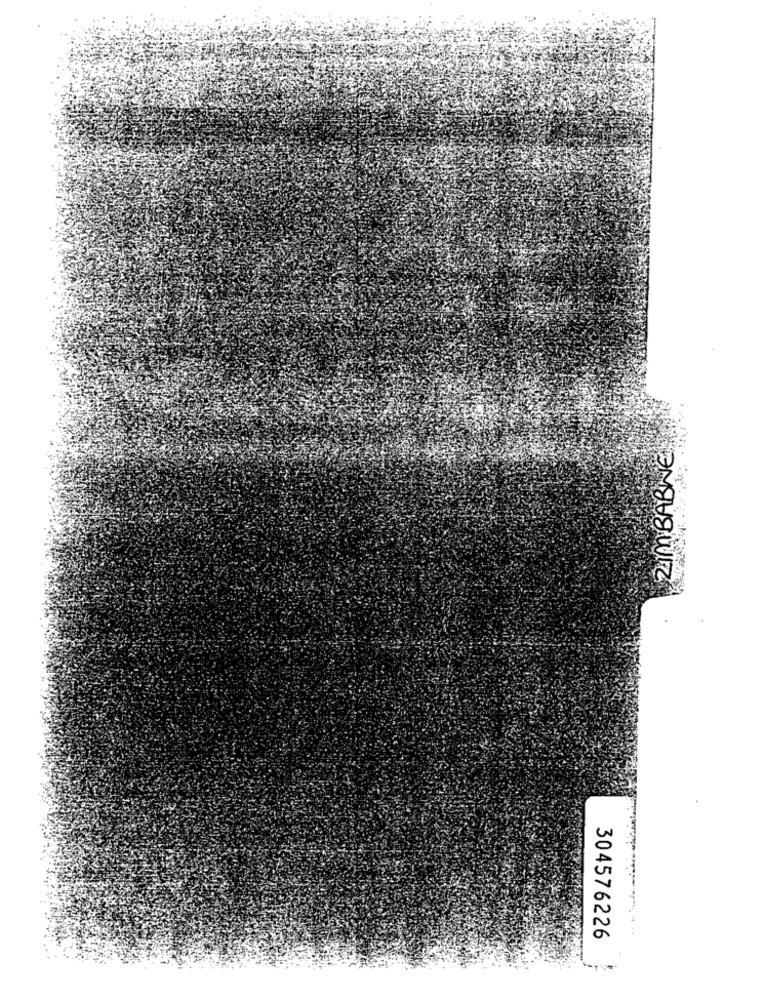
ZIMBABWE
...
304576226